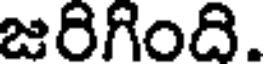
జరిగింది.